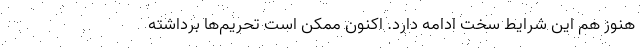
هنوز هم این شرایط سخت ادامه دارد. اکنون ممکن است تحریم‌ها برداشته